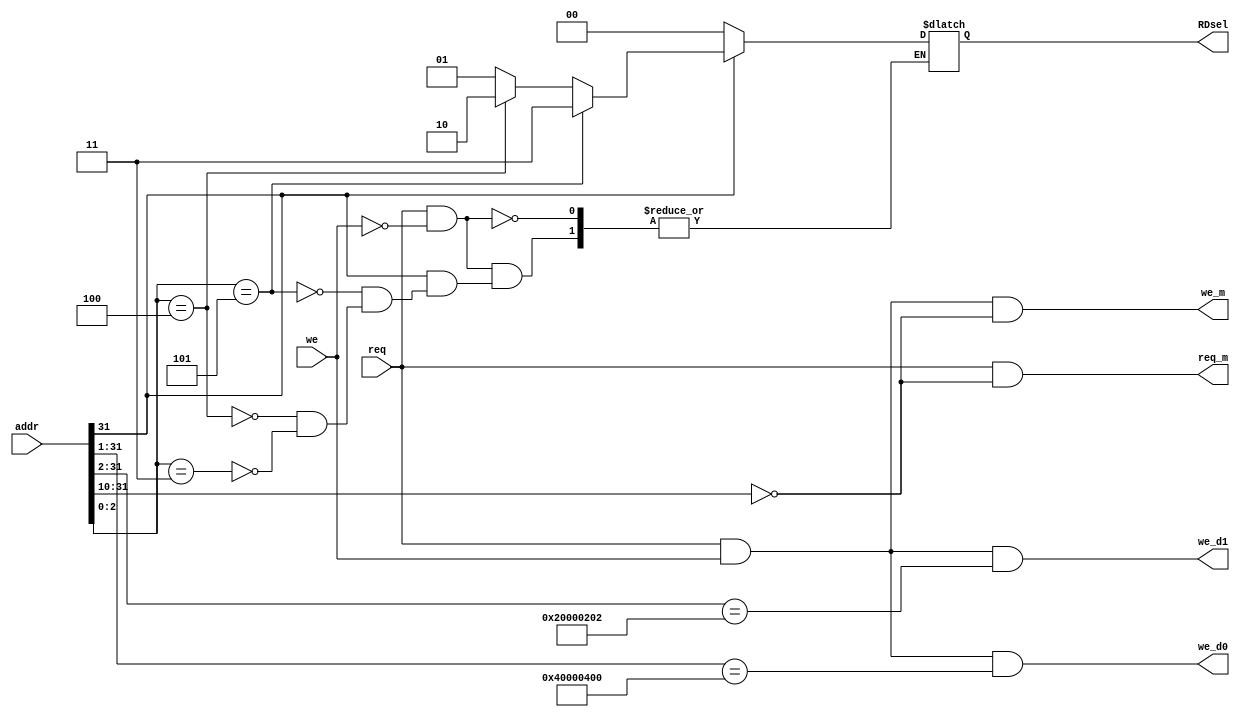
`timescale 1ns / 1ps

module addr_dec(
                input          req,
                input          we,
                input  [31:0]  addr,
                output         req_m,
                output         we_m,
                output         we_d0, // leds
                output         we_d1, // I2C
                output [1:0]   RDsel     
    );
reg [1:0] RDsel_reg;
   
assign we_d0 = req & we & ({addr[31:1], 1'b0}  == 32'h80000800); // write to leds
assign we_d1 = req & we & ({addr[31:2], 2'b00} == 32'h80000808); // write to I2C
assign req_m = req & ({addr[31:10], 10'b0} == 32'h0);
assign we_m  = req & we & ({addr[31:10], 10'b0} == 32'h0);
assign RDsel = RDsel_reg;
    
always@(*)
begin
if (req && (!we)) begin
    case (addr[31])
        2'b0 : RDsel_reg <= 2'd0; // read from memory
        2'b1 : begin                
            if (addr[2:0] == 3'b011) RDsel_reg <= 2'd1;// read from I2C - writing availability flag
            if (addr[2:0] == 3'b100) RDsel_reg <= 2'd2;// read from I2C - data
            if (addr[2:0] == 3'b101) RDsel_reg <= 2'd3;// read from I2C - data readiness flag            
        end
    endcase
end
end
endmodule